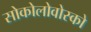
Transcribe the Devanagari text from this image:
सोकोलोवोस्को